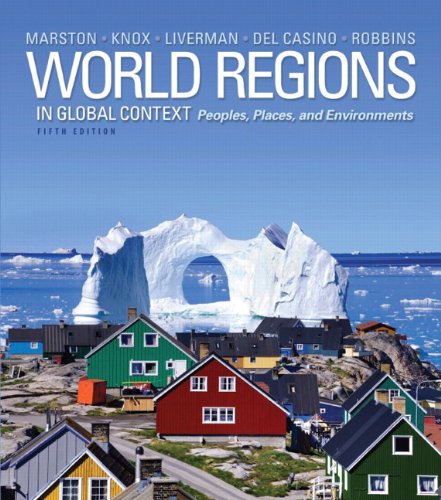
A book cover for World Regions in Global Context: Peoples, Places, and Environments (5th Edition); Sallie A. Marston; Science & Math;